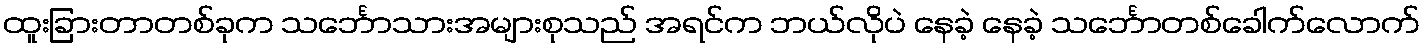
ထူးခြားတာတစ်ခုက သင်္ဘောသားအများစုသည် အရင်က ဘယ်လိုပဲ နေခဲ့ နေခဲ့ သင်္ဘောတစ်ခေါက်လောက်